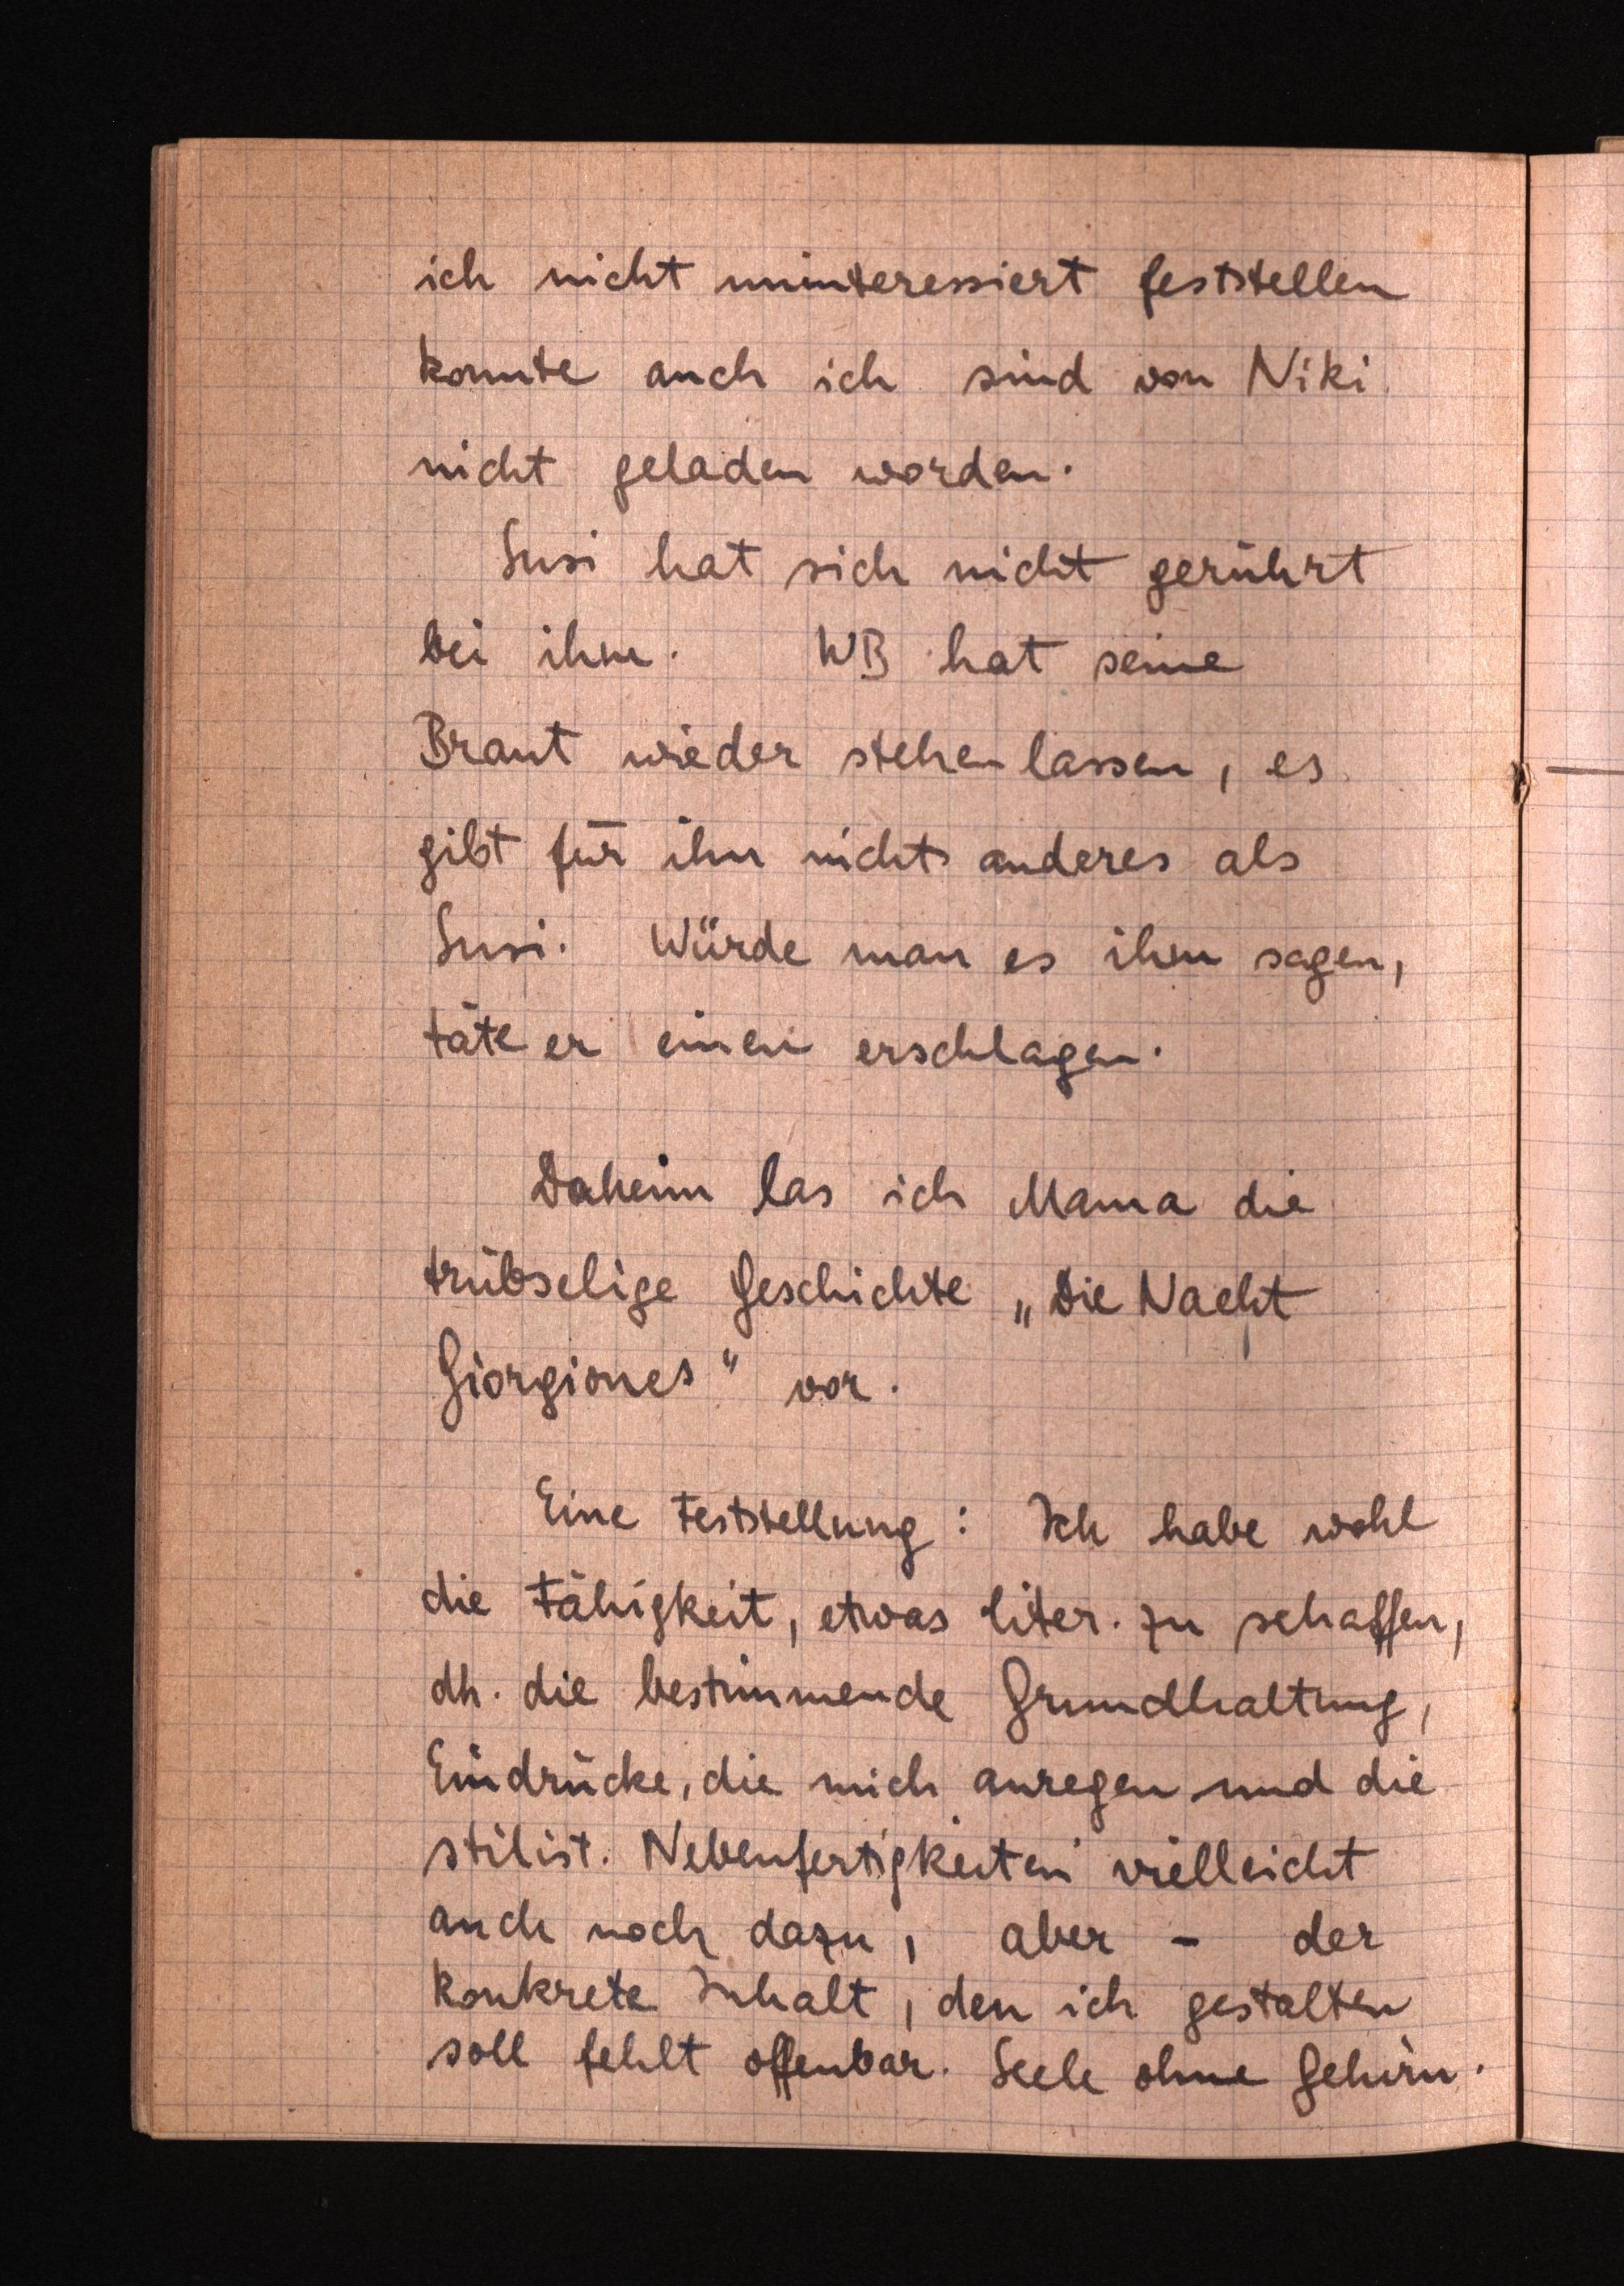
ich nicht uniteressiert feststellen
konnte auch ich sind von Niki.
nicht geladen worden.
Suss hat sich nicht gerührt
bei ihm. WB hat seine
Braut wieder stehenlassen, es
gibt für ihn nichts anderes als
Susi. Würde man es ihm sagen,
täte er einen erschlagen.
Daheim las ich Mama die
trübselige Geschichte "Die Nacht
Giorgiones" vor.
Eine Feststellung: Ich habe wohl
die Fähigkeit, etwas liter. zu schaffen,
dh. die bestimmende Grundhaltung,
Eindrücke, die mich anregen und die
stilist. Nebenfertigkeiten vielleicht
auch noch dazu, aber - der
konkrete Inhalt, den ich gestalten
soll fehlt offenbar. Seele ohne Gehern.